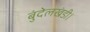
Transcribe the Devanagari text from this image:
बुंदेलखंडी।